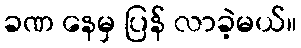
ခဏ နေမှ ပြန် လာခဲ့မယ်။